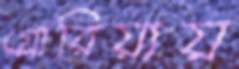
গ্লোরিয়ায়